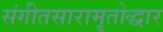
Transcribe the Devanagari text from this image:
संगीतसारामृतोद्धार